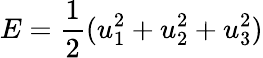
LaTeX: E=\frac{1}{2}(u_{1}^{2}+u_{2}^{2}+u_{3}^{2})